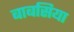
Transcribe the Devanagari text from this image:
बाबसिया